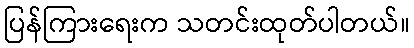
ပြန်ကြားရေးက သတင်းထုတ်ပါတယ်။